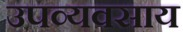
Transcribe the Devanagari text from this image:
उपव्यवसाय